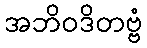
အဘိဝဒိတဗ္ဗံ